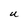
Character: U